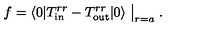
f = \langle 0 | T _ { \mathrm { i n } } ^ { r r } - T _ { \mathrm { o u t } } ^ { r r } | 0 \rangle \bigm | _ { r = a } .